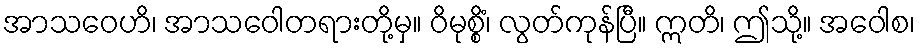
အာသဝေဟိ၊ အာသဝေါတရားတို့မှ။ ဝိမုစ္စိံ၊ လွတ်ကုန်ပြီ။ ဣတိ၊ ဤသို့။ အဝေါစ၊